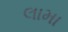
લામા